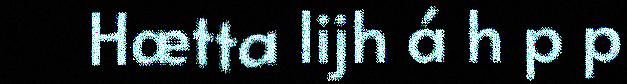
Hætta lijh á h p p